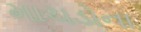
માચડોના